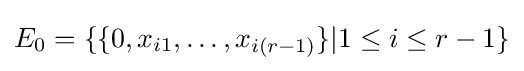
E_{0}=\{\{0,x_{i1},\ldots ,x_{i(r-1)}\}|1\leq i\leq r-1\}